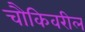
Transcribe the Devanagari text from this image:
चौकिवरील